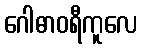
ဂေါဓာဝရီကူလေ